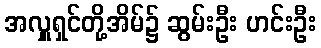
အလှူရှင်တို့အိမ်၌ ဆွမ်းဦး ဟင်းဦး